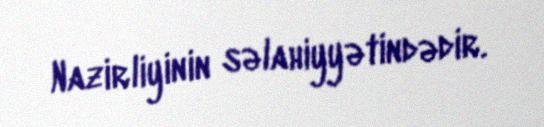
Nazirliyinin səlahiyyətindədir.